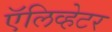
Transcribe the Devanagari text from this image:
ऍलिव्हेटर